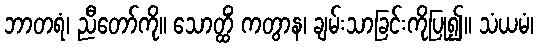
ဘာတရံ၊ ညီတော်ကို။ သောတ္ထိံ ကတွာန၊ ချမ်းသာခြင်းကိုပြု၍။ သံယမံ၊